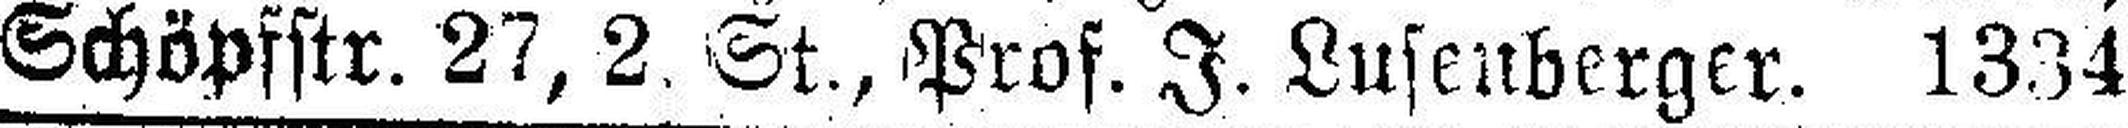
Schöpfstr. 27, 2. St., Prof. J. Lusenberger. 1334